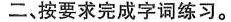
二、按要求完成字词练习。